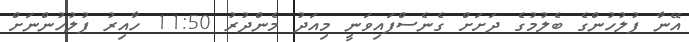
އޭނާ ފުލުހުންގެ ބެލުމުގެ ދަށަށް ގެނެސްފައިވަނީ މިއަދު މެންދުރު 11:50 ހާއިރު ފުލުހުންނަށް